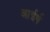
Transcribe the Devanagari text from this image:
आईर्ष